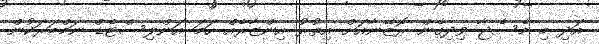
އަދި މި މެސެޖާ ވިދިގެން ރޮޒޭނާއަށް އިތުރު އިންޒާރެއް ހަމަ އަންލިސްޓެޑް ނަމްބަރަކުން